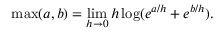
\operatorname* { m a x } ( a , b ) = \operatorname* { l i m } _ { h \to 0 } h \log ( e ^ { a / h } + e ^ { b / h } ) .